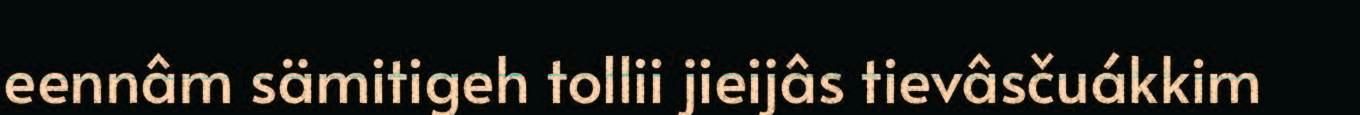
eennâm sämitigeh tollii jieijâs tievâsčuákkim